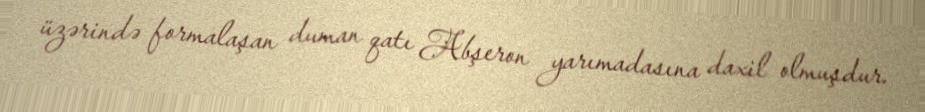
üzərində formalaşan duman qatı Abşeron yarımadasına daxil olmuşdur.